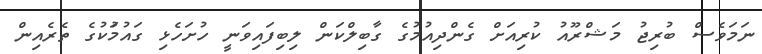
ނަމަވެސް ބުރިޖު މަޝްރޫއު ކުރިއަށް ގެންދިއުމުގެ ގާބިލްކަން ލިބިފައިވަނީ ހުށަހެޅި ގައުމުަކުގެ ތެރެއިން